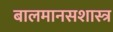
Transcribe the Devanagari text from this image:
बालमानसशास्त्र